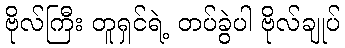
ဗိုလ်ကြီး တူရှင်ရဲ့ တပ်ခွဲပါ ဗိုလ်ချုပ်